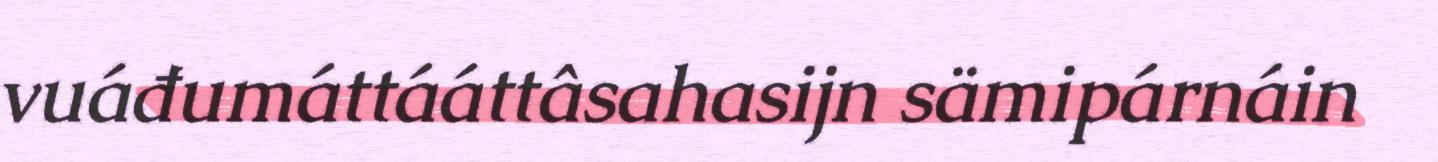
vuáđumáttááttâsahasijn sämipárnáin